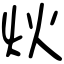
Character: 炏